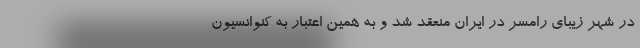
در شهر زیبای رامسر در ایران منعقد شد و به همین اعتبار به کنوانسیون